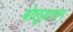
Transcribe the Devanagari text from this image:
बोलुग्रासन